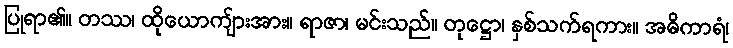
ပြုရာ၏။ တဿ၊ ထိုယောကျ်ားအား။ ရာဇာ၊ မင်းသည်။ တုဋ္ဌော၊ နှစ်သက်ရကား။ အဓိကာရံ၊